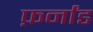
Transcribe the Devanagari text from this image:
फ़र्नांड